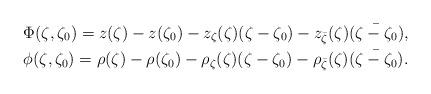
LaTeX: \begin{align*}&\Phi(\zeta,\zeta_0)=z(\zeta)-z(\zeta_0)-z_\zeta(\zeta)(\zeta-\zeta_0)-z_{\bar\zeta}(\zeta)\bar{(\zeta-\zeta_0)},\\&\phi(\zeta,\zeta_0)=\rho(\zeta)-\rho(\zeta_0)-\rho_\zeta(\zeta)(\zeta-\zeta_0)-\rho_{\bar\zeta}(\zeta)\bar{(\zeta-\zeta_0)}.\end{align*}